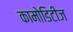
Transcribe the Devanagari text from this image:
कामोडिटीज